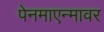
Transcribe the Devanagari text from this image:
पेनमाएन्मावर